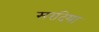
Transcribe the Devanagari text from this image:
सरदिया